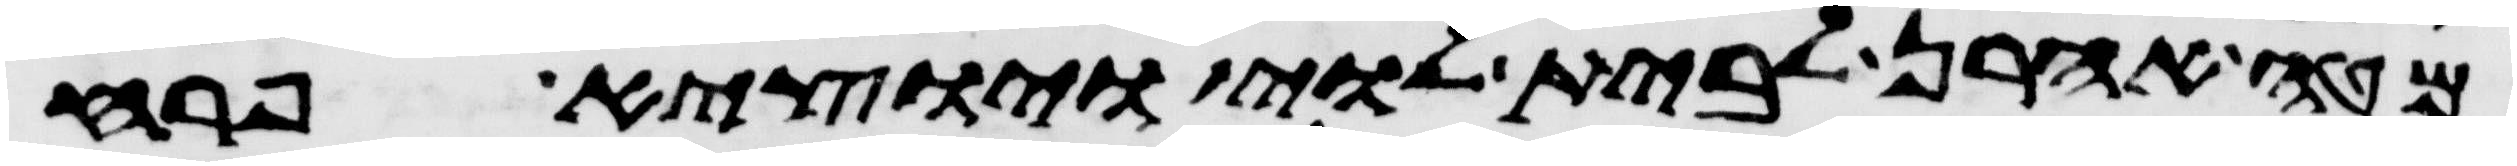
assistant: מטה אהרן לבית לוי ויוצא פרח